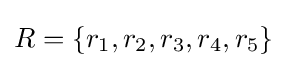
R=\{r_{1},r_{2},r_{3},r_{4},r_{5}\}